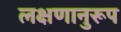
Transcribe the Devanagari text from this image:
लक्षणानुरूप